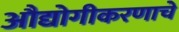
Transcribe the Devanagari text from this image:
औद्योगीकरणाचे